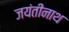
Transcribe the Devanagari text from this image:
जयंतीनाथ